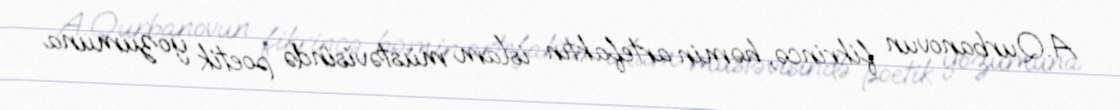
A.Qurbanovun fikrincə, həmin artefaktın islam müstəvisində poetik yozumuna